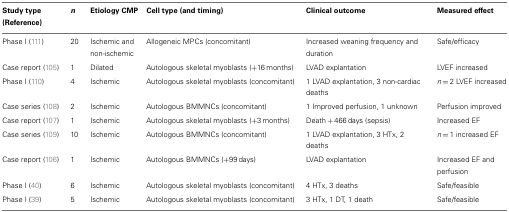
| Study type (Reference) | n | Etiology CMP | Cell type (and timing) | Clinical outcome | Measured effect |
 | --- | --- | --- | --- | --- | --- |
 | Phase I (111) | 20 | Ischemic and non-ischemic | Allogeneic MPCs (concomitant) | Increased weaning frequency and duration | Safe/efficacy |
 | Case report (105) | 1 | Dilated | Autologous skeletal myoblasts (+16 months) | LVAD explantation | LVEF increased |
 | Phase I (110) | 4 | Ischemic | Autologous skeletal myoblasts (concomitant) | 1 LVAD explantation, 3 non-cardiac deaths | n = 2 LVEF increased |
 | Case series (108) | 2 | Ischemic | Autologous BMMNCs (concomitant) | 1 Improved perfusion, 1 unknown | Perfusion improved |
 | Case report (107) | 1 | Ischemic | Autologous skeletal myoblasts (+3 months) | Death + 466 days (sepsis) | Increased EF |
 | Case series (109) | 10 | Ischemic | Autologous BMMNCs (concomitant) | 1 LVAD explantation, 3 HTx, 2 deaths | n = 1 increased EF |
 | Case report (106) | 1 | Ischemic | Autologous BMMNCs (+99 days) | LVAD explantation | Increased EF and perfusion |
 | Phase I (40) | 6 | Ischemic | Autologous skeletal myoblasts (concomitant) | 4 HTx, 3 deaths | Safe/feasible |
 | Phase I (39) | 5 | Ischemic | Autologous skeletal myoblasts (concomitant) | 3 HTx, 1 DT, 1 death | Safe/feasible |